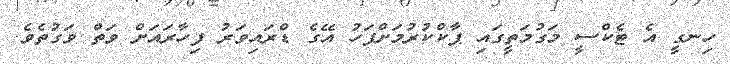
ހިނގީ އެ ޓެކްސީ މަގުމަތީގައި ޕާކްކުރުމަށްފަހު އޭގެ ޑްރައިވަރު ފިހާރައަށް ވަތް ވަގުތެވެ.